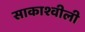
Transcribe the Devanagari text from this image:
साकाश्वीली